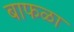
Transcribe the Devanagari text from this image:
बाफळा